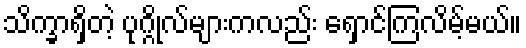
သိက္ခာရှိတဲ့ ပုဂ္ဂိုလ်များကလည်း ရှောင်ကြလိမ့်မယ်။